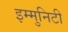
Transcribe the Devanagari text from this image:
इम्मुनिटी